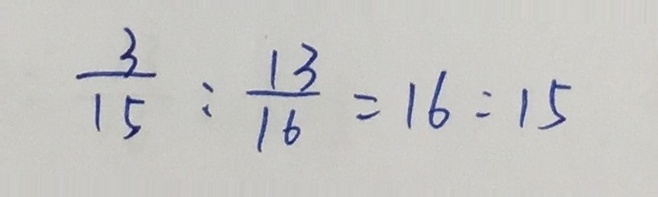
\frac { 3 } { 1 5 } : \frac { 1 3 } { 1 6 } = 1 6 : 1 5